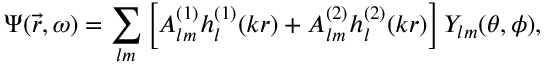
\Psi ( { \vec { r } } , \omega ) = \sum _ { l m } \left[ A _ { l m } ^ { ( 1 ) } h _ { l } ^ { ( 1 ) } ( k r ) + A _ { l m } ^ { ( 2 ) } h _ { l } ^ { ( 2 ) } ( k r ) \right] Y _ { l m } ( \theta , \phi ) ,